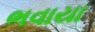
ભવાયા